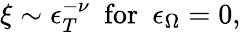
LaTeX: \xi\sim\epsilon_{T}^{-\nu}\ \ \mathrm{for}\ \ \epsilon_{\Omega}=0,